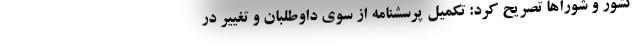
کشور و شوراها تصریح کرد: تکمیل پرسشنامه از سوی داوطلبان و تغییر در